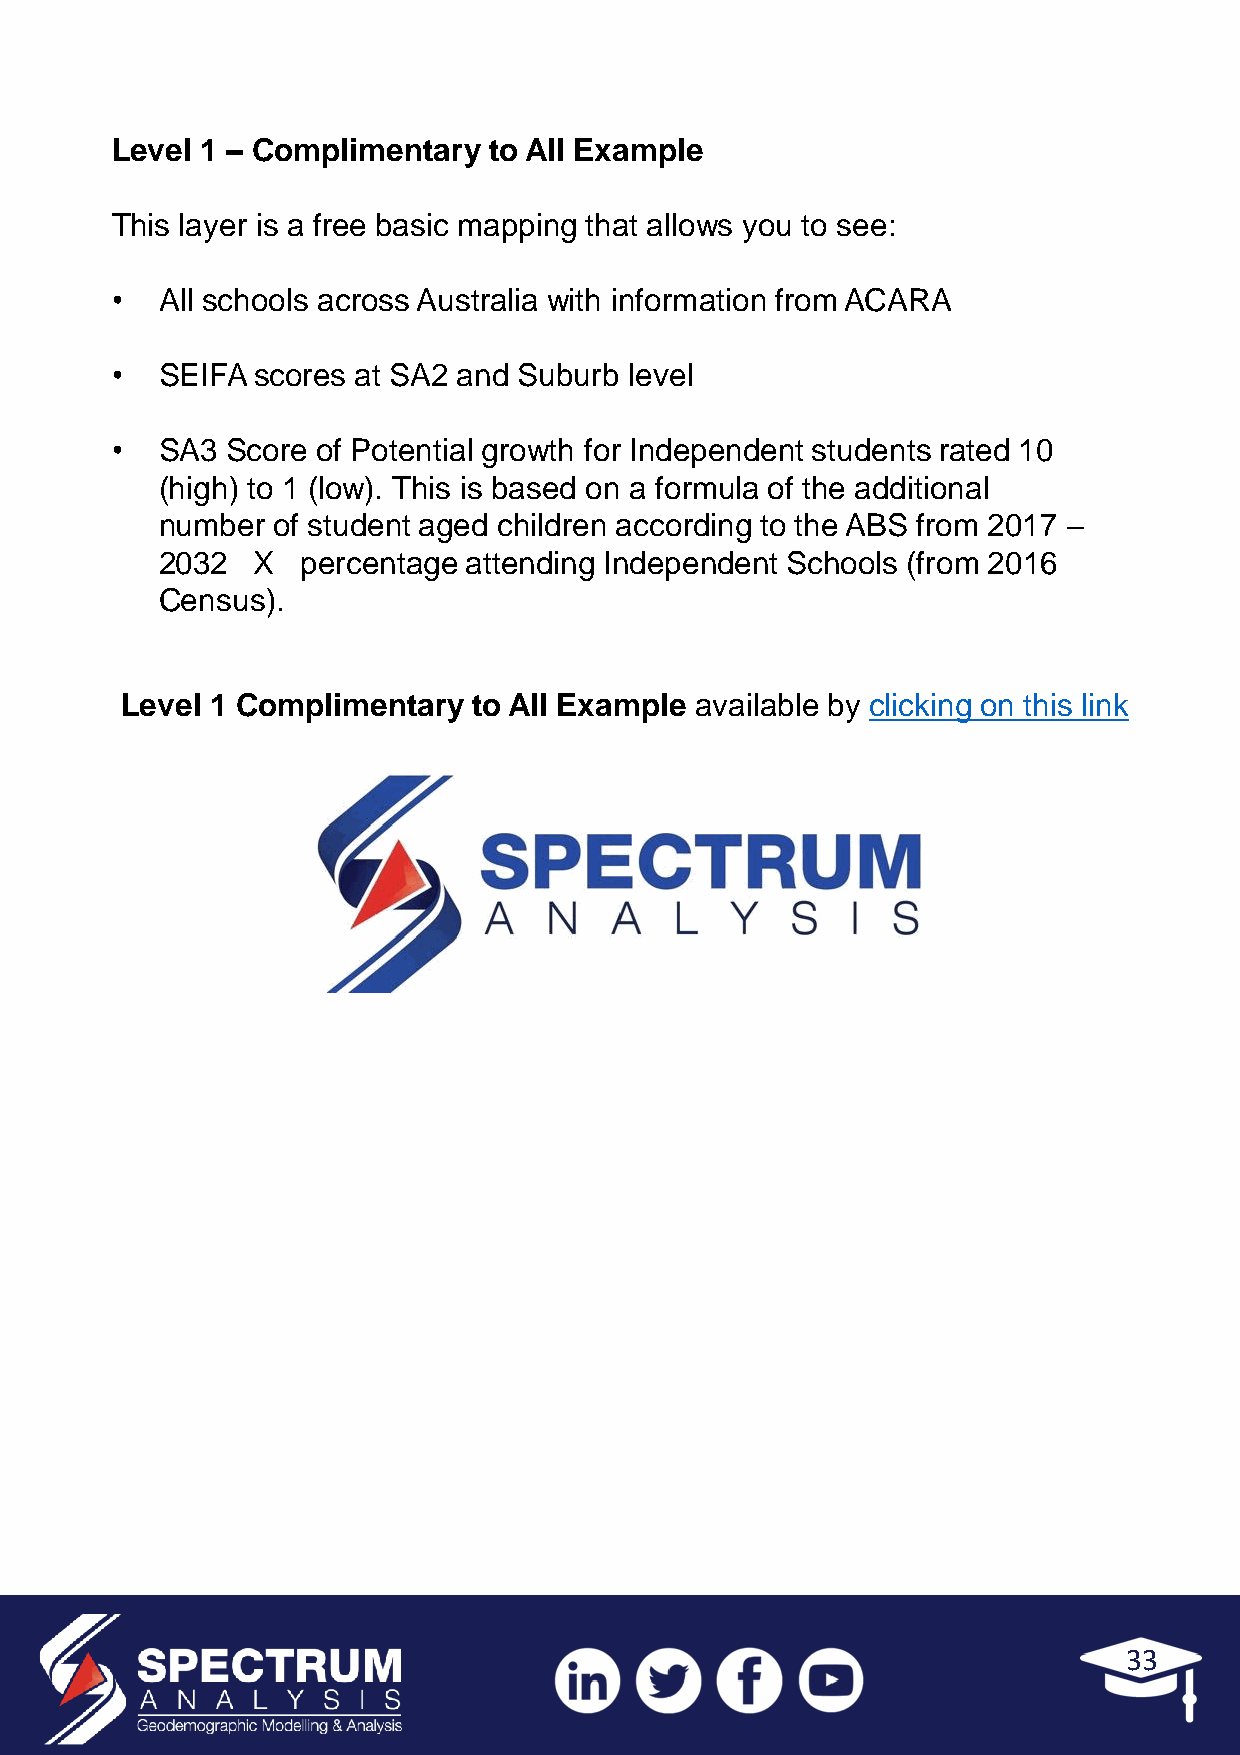
Level 1 – Complimentary  to All Example
 This layer is a free basic mapping that allows you to see:
 •   All schools across Australia with information from ACARA
 •   SEIFA scores at SA2 and Suburb level
 •   SA3 Score of Potential growth for Independent students rated 10
 (high) to 1 (low). This is based on a formula of the additional
 number of student aged children according to the ABS from 2017 –
 2032  X  percentage attending Independent Schools (from 2016
 Census).
 Level 1 Complimentary  to All Example available by clicking on this link
 33